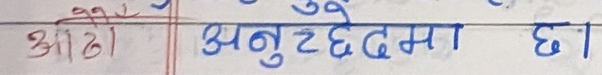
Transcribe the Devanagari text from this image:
आठौ अनुछेदमा छ।